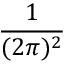
\frac { 1 } { ( 2 \pi ) ^ { 2 } }